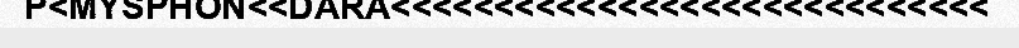
P<MYSPHON<<DARA<<<<<<<<<<<<<<<<<<<<<<<<<<<<<